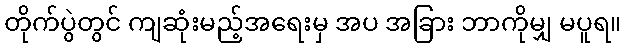
တိုက်ပွဲတွင် ကျဆုံးမည့်အရေးမှ အပ အခြား ဘာကိုမျှ မပူရ။